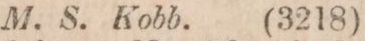
M. S. Kobb.    (3218)